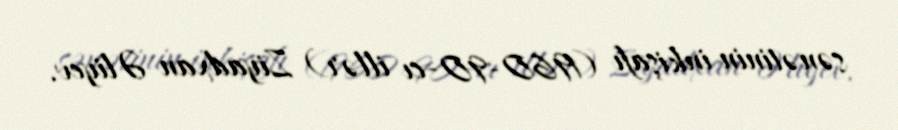
sənətinin inkişafı (1960-90-cı illər) Ziyadxan Əliyev.